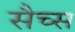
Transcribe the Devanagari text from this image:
सैच्‍स